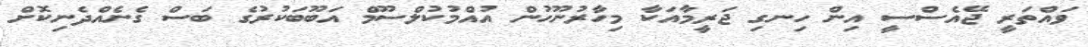
ވައްތަރީ ޖޭއެސްސީ އިން ހިނގި ޖަރީމާއަކާ މިހާރުނޫހުން އުއްމުކުލްސޫމް އަބޫބަކުރުގެ ބަސް ގެނެއްދެނިކޮށް